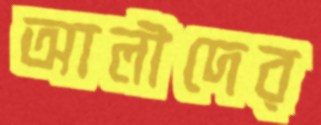
আলীদের